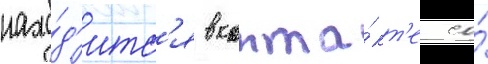
нахо́д'итс'я в конта́кт'е со́